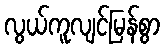
လွယ်ကူလျင်မြန်စွာ